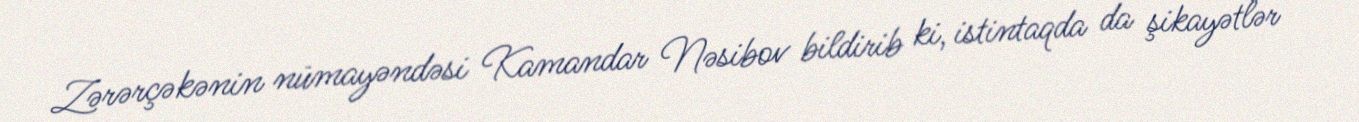
Zərərçəkənin nümayəndəsi Kamandar Nəsibov bildirib ki, istintaqda da şikayətlər